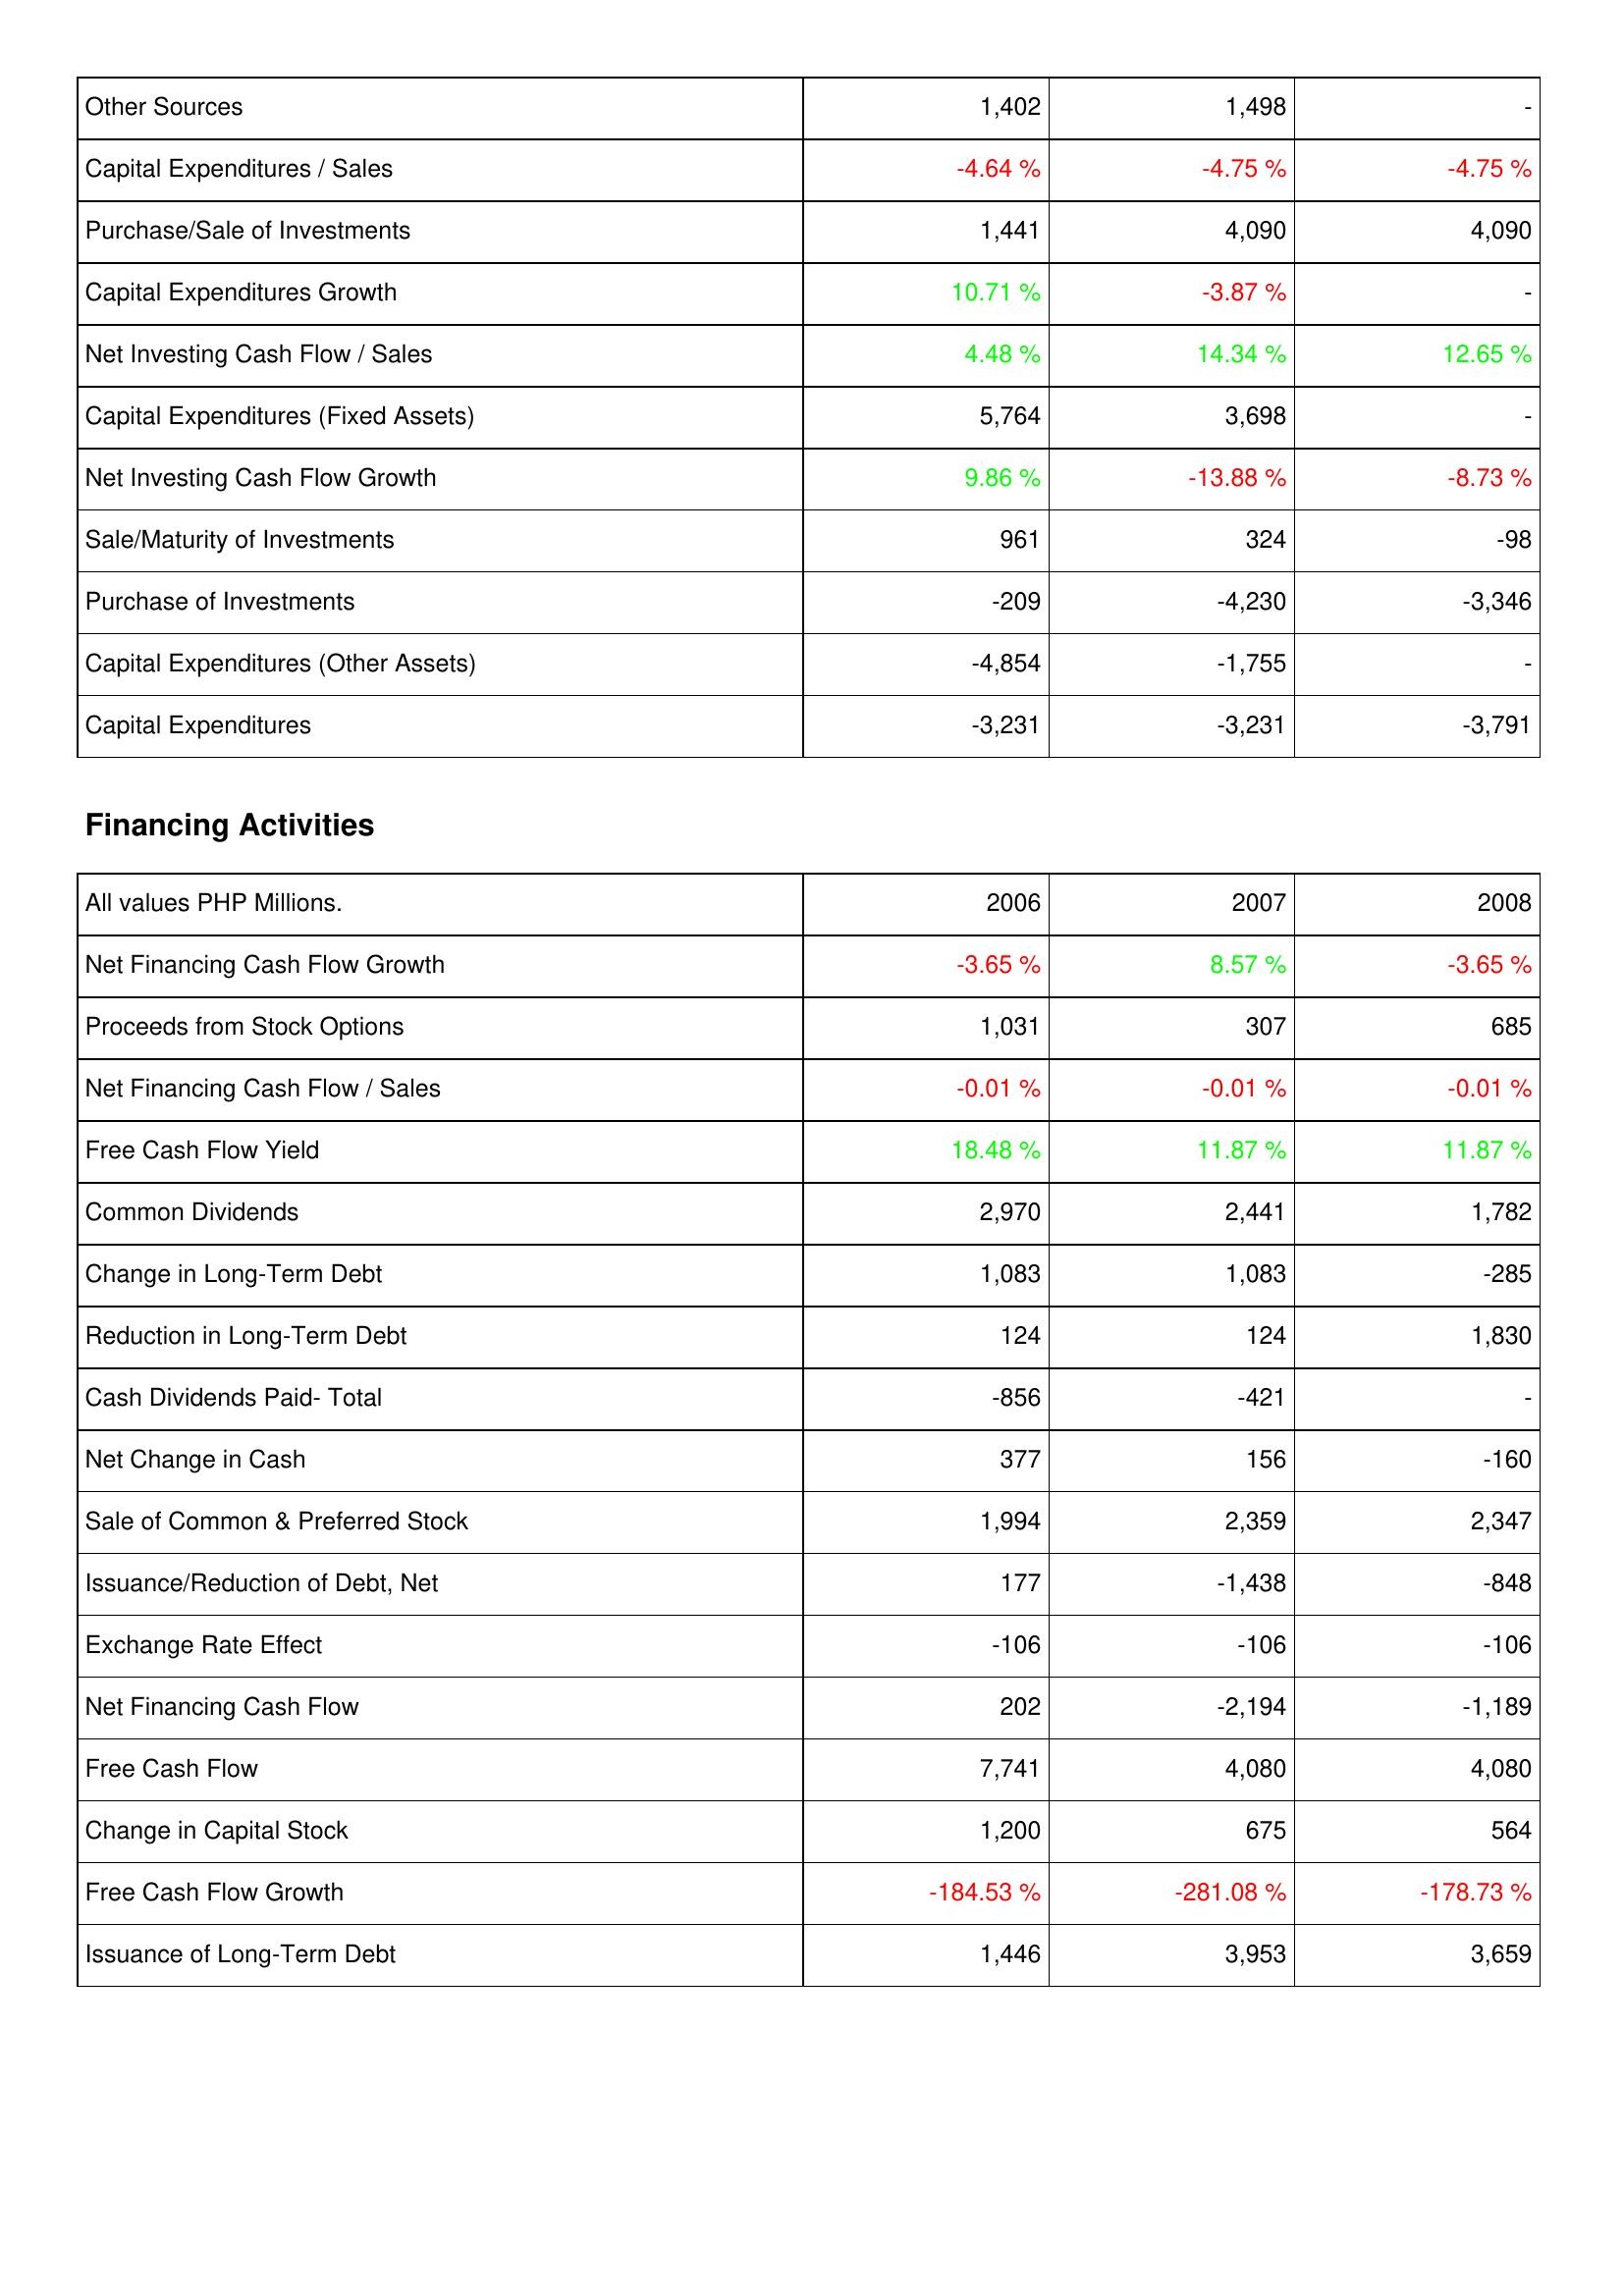
2006: Investing Activities: Other Sources: 1,402
Capital Expenditures / Sales: -4.64 %
Purchase/Sale of Investments: 1,441
Capital Expenditures Growth: 10.71 %
Net Investing Cash Flow / Sales: 4.48 %
Capital Expenditures (Fixed Assets): 5,764
Net Investing Cash Flow Growth: 9.86 %
Sale/Maturity of Investments: 961
Purchase of Investments: -209
Capital Expenditures (Other Assets): -4,854
Capital Expenditures: -3,231
Financing Activities: Net Financing Cash Flow Growth: -3.65 %
Proceeds from Stock Options: 1,031
Net Financing Cash Flow / Sales: -0.01 %
Free Cash Flow Yield: 18.48 %
Common Dividends: 2,970
Change in Long-Term Debt: 1,083
Reduction in Long-Term Debt: 124
Cash Dividends Paid- Total: -856
Net Change in Cash: 377
Sale of Common & Preferred Stock: 1,994
Issuance/Reduction of Debt, Net: 177
Exchange Rate Effect: -106
Net Financing Cash Flow: 202
Free Cash Flow: 7,741
Change in Capital Stock: 1,200
Free Cash Flow Growth: -184.53 %
Issuance of Long-Term Debt: 1,446
2007: Investing Activities: Other Sources: 1,498
Capital Expenditures / Sales: -4.75 %
Purchase/Sale of Investments: 4,090
Capital Expenditures Growth: -3.87 %
Net Investing Cash Flow / Sales: 14.34 %
Capital Expenditures (Fixed Assets): 3,698
Net Investing Cash Flow Growth: -13.88 %
Sale/Maturity of Investments: 324
Purchase of Investments: -4,230
Capital Expenditures (Other Assets): -1,755
Capital Expenditures: -3,231
Financing Activities: Net Financing Cash Flow Growth: 8.57 %
Proceeds from Stock Options: 307
Net Financing Cash Flow / Sales: -0.01 %
Free Cash Flow Yield: 11.87 %
Common Dividends: 2,441
Change in Long-Term Debt: 1,083
Reduction in Long-Term Debt: 124
Cash Dividends Paid- Total: -421
Net Change in Cash: 156
Sale of Common & Preferred Stock: 2,359
Issuance/Reduction of Debt, Net: -1,438
Exchange Rate Effect: -106
Net Financing Cash Flow: -2,194
Free Cash Flow: 4,080
Change in Capital Stock: 675
Free Cash Flow Growth: -281.08 %
Issuance of Long-Term Debt: 3,953
2008: Investing Activities: Other Sources: -
Capital Expenditures / Sales: -4.75 %
Purchase/Sale of Investments: 4,090
Capital Expenditures Growth: -
Net Investing Cash Flow / Sales: 12.65 %
Capital Expenditures (Fixed Assets): -
Net Investing Cash Flow Growth: -8.73 %
Sale/Maturity of Investments: -98
Purchase of Investments: -3,346
Capital Expenditures (Other Assets): -
Capital Expenditures: -3,791
Financing Activities: Net Financing Cash Flow Growth: -3.65 %
Proceeds from Stock Options: 685
Net Financing Cash Flow / Sales: -0.01 %
Free Cash Flow Yield: 11.87 %
Common Dividends: 1,782
Change in Long-Term Debt: -285
Reduction in Long-Term Debt: 1,830
Cash Dividends Paid- Total: -
Net Change in Cash: -160
Sale of Common & Preferred Stock: 2,347
Issuance/Reduction of Debt, Net: -848
Exchange Rate Effect: -106
Net Financing Cash Flow: -1,189
Free Cash Flow: 4,080
Change in Capital Stock: 564
Free Cash Flow Growth: -178.73 %
Issuance of Long-Term Debt: 3,659